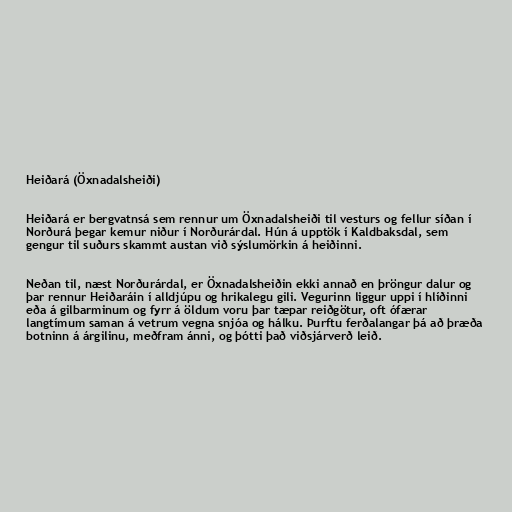
Heiðará (Öxnadalsheiði)

Heiðará er bergvatnsá sem rennur um Öxnadalsheiði til vesturs og fellur síðan í
Norðurá þegar kemur niður í Norðurárdal. Hún á upptök í Kaldbaksdal, sem
gengur til suðurs skammt austan við sýslumörkin á heiðinni.

Neðan til, næst Norðurárdal, er Öxnadalsheiðin ekki annað en þröngur dalur og
þar rennur Heiðaráin í alldjúpu og hrikalegu gili. Vegurinn liggur uppi í hlíðinni
eða á gilbarminum og fyrr á öldum voru þar tæpar reiðgötur, oft ófærar
langtímum saman á vetrum vegna snjóa og hálku. Þurftu ferðalangar þá að þræða
botninn á árgilinu, meðfram ánni, og þótti það viðsjárverð leið.